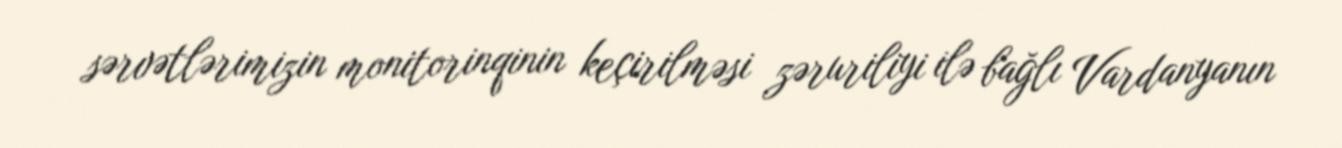
sərvətlərimizin monitorinqinin keçirilməsi zəruriliyi ilə bağlı Vardanyanın